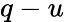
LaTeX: q-u